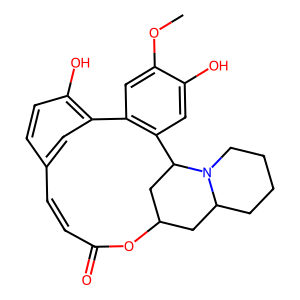
SMILES: COc1cc2c(cc1O)C1CC(CC3CCCCN31)OC(=O)C=Cc1ccc(O)c-2c1
Inhibits HIV replication: No